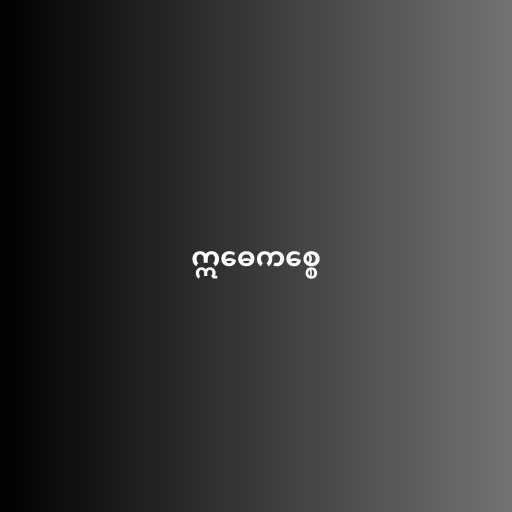
ဣဓေကစ္စေ